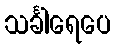
သင်္ခါရေပေ